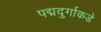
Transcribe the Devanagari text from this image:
पद्मदुर्गाकडे